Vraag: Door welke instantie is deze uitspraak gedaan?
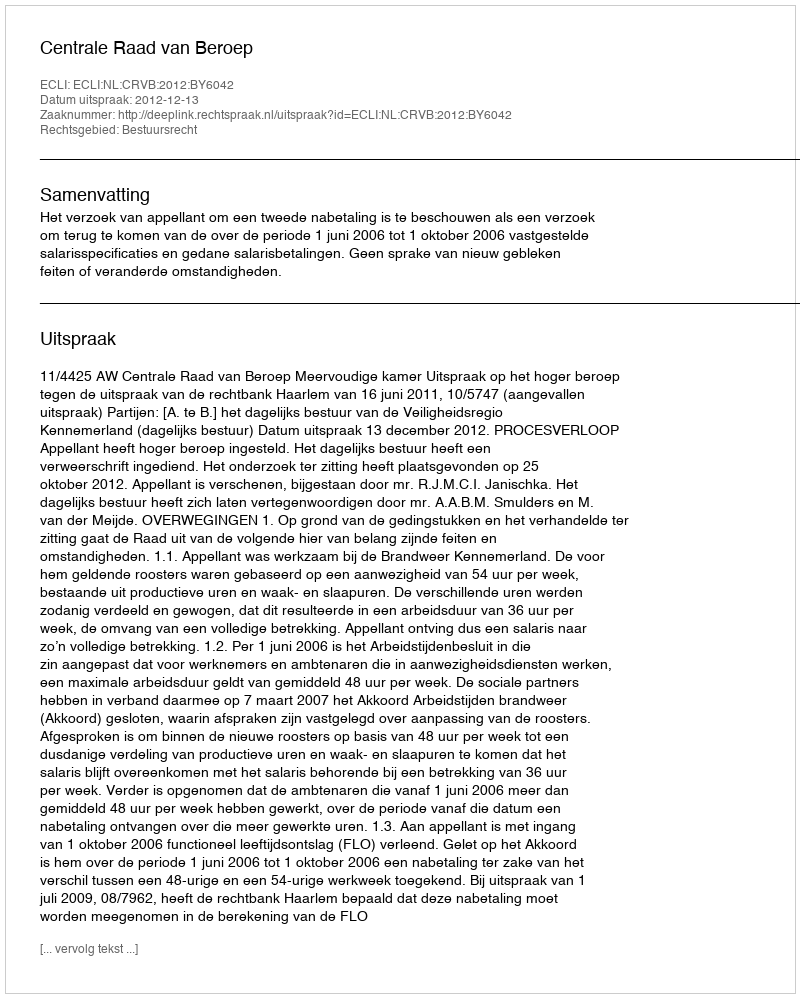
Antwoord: Centrale Raad van Beroep